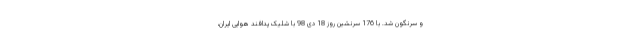
و سرنگون شد. با 176 سرنشین روز 18 دی 98 با شلیک پدافند هوایی ایران،